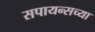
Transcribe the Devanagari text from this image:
सपायन्सच्या